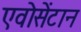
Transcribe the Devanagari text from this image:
एवोसेंटान